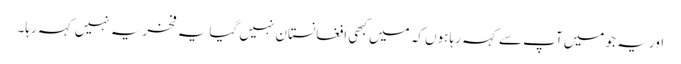
اور یہ جو میں آپ سے کہہ رہا ہوں کہ میں کبھی افغانستان نہیں گیا یہ فخریہ نہیں کہہ رہا۔